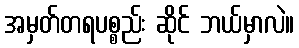
အမှတ်တရပစ္စည်း ဆိုင် ဘယ်မှာလဲ။